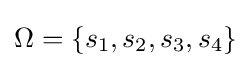
\Omega =\left\{s_{1},s_{2},s_{3},s_{4}\right\}